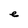
Character: e